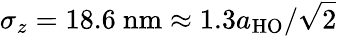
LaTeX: \sigma_{z}=18.6~\mathrm{nm}\approx 1.3a_{\mathrm{{HO}}}/\sqrt{2}